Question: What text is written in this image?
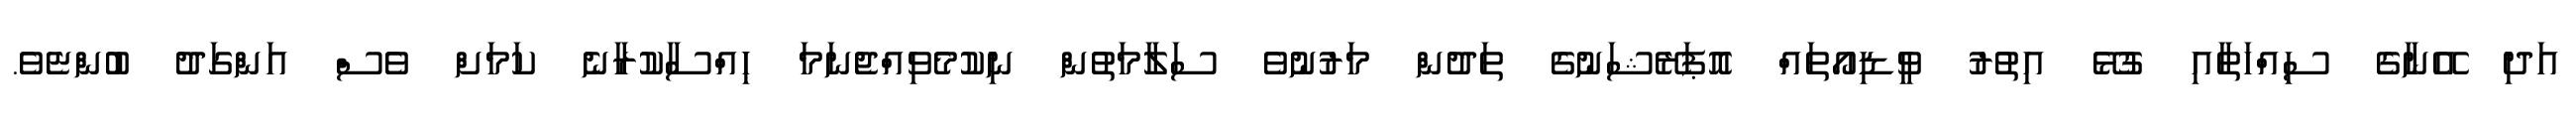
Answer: އަދި އޭނާގެ ސިއްހަތާއި ގުޅޭ އިތުރު ވީޑިއޯތައް އޮޕަރޭޝަނުގެ ތަދުން މަރުނުވެ ސަލާމަތުން ނިކުމެވިއްޖެނަމަ ހިއްސާކުރާނެ ކަމަށް ވެސް އަންގަދު ބުންޏެވެ.